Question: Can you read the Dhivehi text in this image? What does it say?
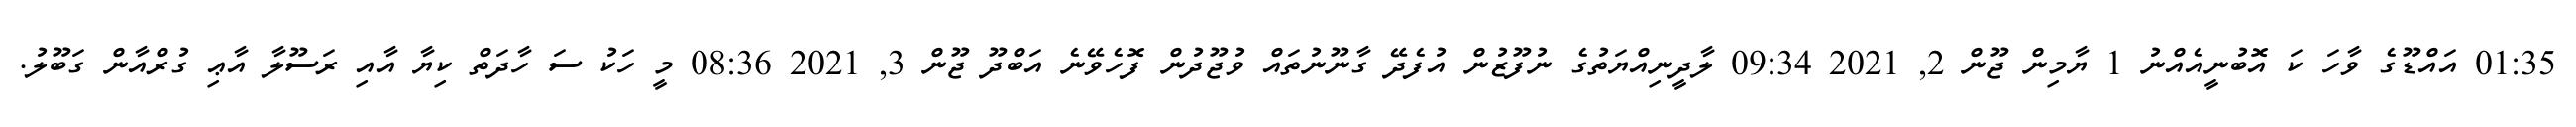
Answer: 01:35 އައްޑޫގެ ވާހަ ކަ އޮބުނީއެއްނު 1 ޔާމިން ޖޫން 2, 2021 09:34 ލާދީނިއްޔަތުގެ ނުފޫޒުން އުފެދޭ ގާނޫނުތައް ވުޖޫދުން ފޮހެވޭނެ އަބްދޫ ޖޫން 3, 2021 08:36 މީ ހަކު ސަ ހާދަތް ކިޔާ އާއި ރަސޫލާ އާޢި ގުރްއާން ގަބޫލު.